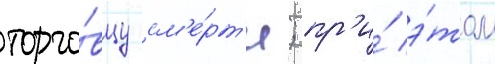
торго́вцу см'е́рт'и; пр'и́ э́том